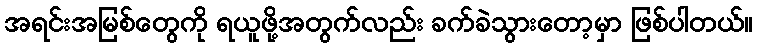
အရင်းအမြစ်တွေကို ရယူဖို့အတွက်လည်း ခက်ခဲသွားတော့မှာ ဖြစ်ပါတယ်။